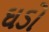
ઘડો